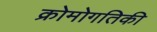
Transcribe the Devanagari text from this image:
क्रोमोगतिकी